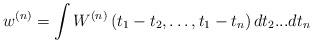
LaTeX: \begin{align*} w^{(n)} =\mathop \int {W^{\left( n \right)}}\left( {{t_1} - {t_2}, \ldots ,{t_1} - {t_n}} \right) d{t_2}...d{t_n}\end{align*}